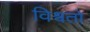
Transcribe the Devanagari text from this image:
विश्वतो